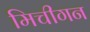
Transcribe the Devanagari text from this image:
मिचीगन